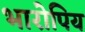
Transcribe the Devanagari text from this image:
भारोपिय